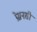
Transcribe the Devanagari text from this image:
प्रेग्ननसी